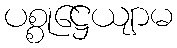
ပစ္စုဋ္ဌေယျာမ